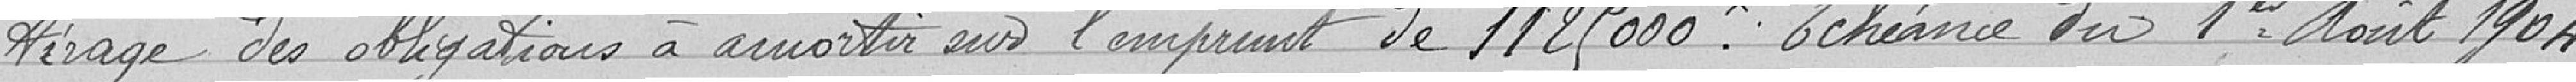
tirage des obligations à amortir sur l'emprunt de 1 125 000 francs. Echéance du 1er Août 1904.